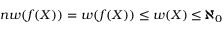
n w ( f ( X ) ) = w ( f ( X ) ) \leq w ( X ) \leq \aleph _ { 0 }